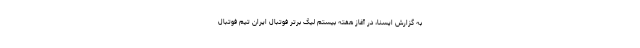
به گزارش ایسنا، در آغاز هفته بیستم لیگ برتر فوتبال ایران تیم فوتبال